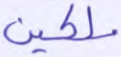
ملكين